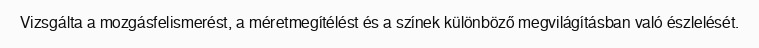
Vizsgálta a mozgásfelismerést, a méretmegítélést és a színek különböző megvilágításban való észlelését.